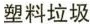
塑料垃圾